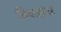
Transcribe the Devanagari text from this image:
विवाहांवर